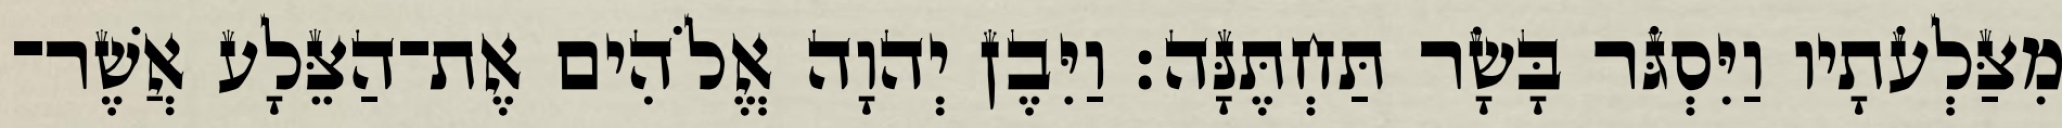
מִצַּלְעֹתָיו וַיִּסְגֹּר בָּשָׂר תַּחְתֶּנָּה׃ וַיִּבֶן יְהוָה אֱלֹהִים אֶת־הַצֵּלָע אֲשֶׁר־